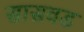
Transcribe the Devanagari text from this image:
सासवड